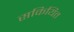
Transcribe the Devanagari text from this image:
सकियित